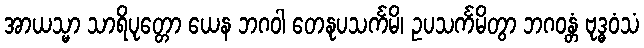
အာယသ္မာ သာရိပုတ္တော ယေန ဘဂဝါ တေနုပသင်္ကမိ၊ ဥပသင်္ကမိတွာ ဘဂဝန္တံ ဗုဒ္ဓဝံသံ